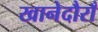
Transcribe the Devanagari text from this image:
खानेदौराँ